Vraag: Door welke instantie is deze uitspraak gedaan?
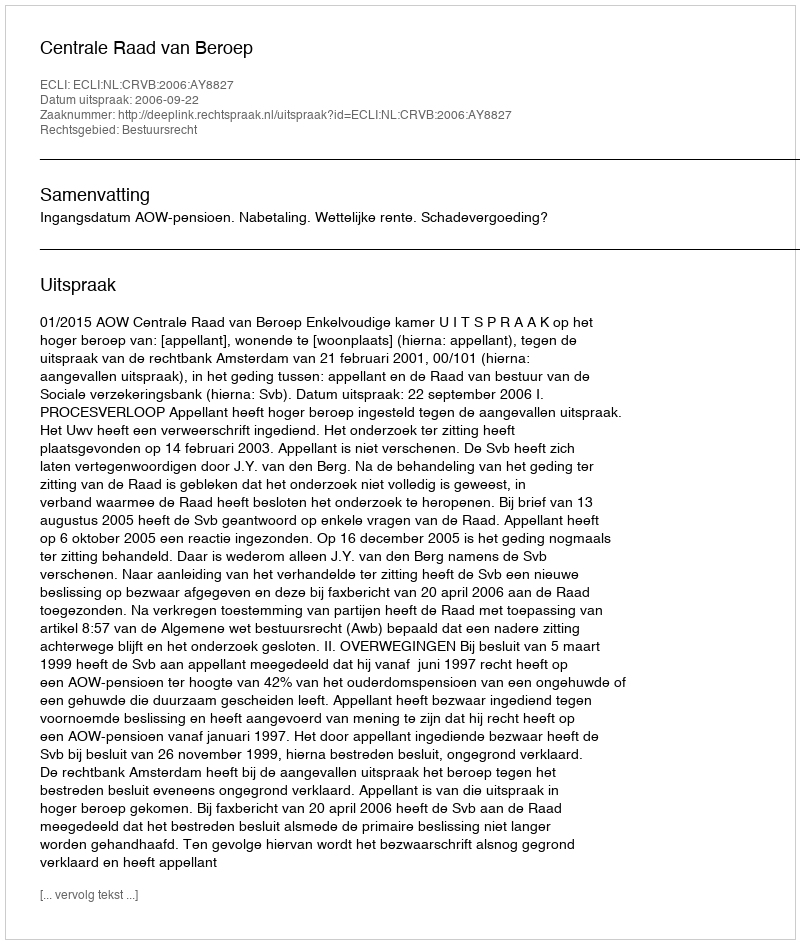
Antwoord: Centrale Raad van Beroep